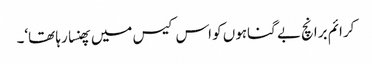
کرائم برانچ بے گناہوں کو اس کیس میں پھنسا رہا تھا‘۔